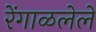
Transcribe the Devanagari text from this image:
रेंगाळलेले